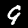
Digit: 9